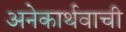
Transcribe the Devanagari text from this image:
अनेकार्थवाची